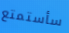
سأستمتع